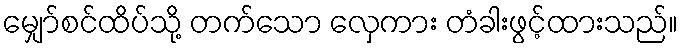
မျှော်စင်ထိပ်သို့ တက်သော လှေကား တံခါးဖွင့်ထားသည်။